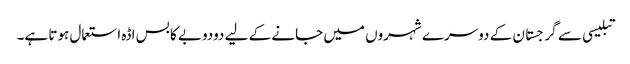
تبلیسی سے گرجستان کے دوسرے شہروں میں جانے کے لیے دودوبے کا بس اڈہ استعمال ہوتا ہے۔